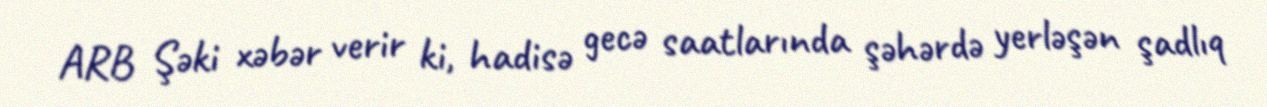
ARB Şəki xəbər verir ki, hadisə gecə saatlarında şəhərdə yerləşən şadlıq